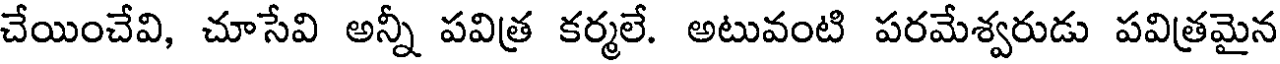
చేయించేవి, చూసేవి అన్నీ పవిత్ర కర్మలే. అటువంటి పరమేశ్వరుడు పవిత్రమైన